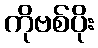
ကိုဗစ်ပိုး